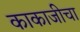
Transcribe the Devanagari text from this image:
काकाजीचा